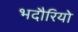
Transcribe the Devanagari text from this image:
भदौरियो